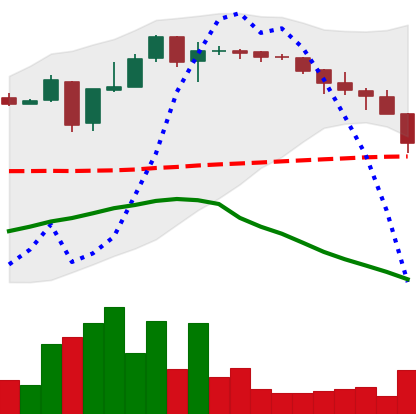
Ticker: XLM-USD
Chart end date: 2018-05-11
Forward return: 6.5%
Label: up_5_7